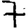
Digit: 7